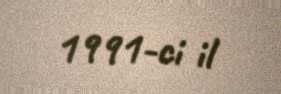
1991-ci il